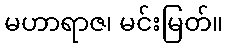
မဟာရာဇ၊ မင်းမြတ်။